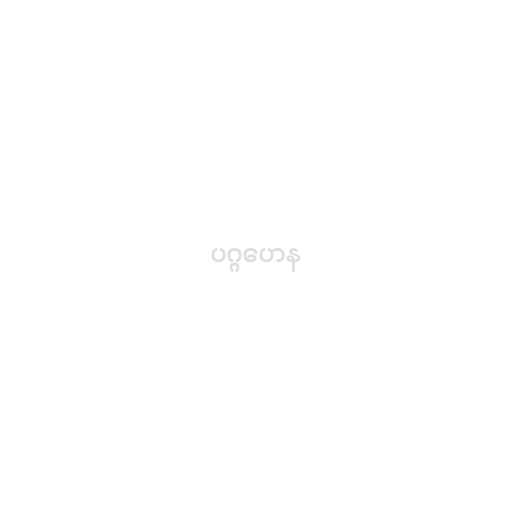
ပဂ္ဂဟေန